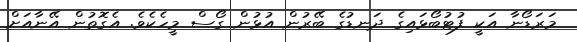
މަރަޑޯނާ އަކީ ފުޓުބޯޅައިގެ ދަނޑުގެ ބޭރުން އުޅުން ގޯސް މީހެކެވެ. އެގޮތުން އޭނާއަށް